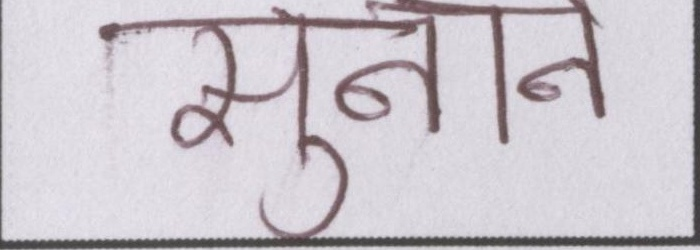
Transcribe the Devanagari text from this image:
सुनाने